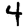
Digit: 4